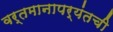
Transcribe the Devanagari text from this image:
वर्तमानापर्यंतची